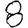
Digit: 8